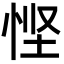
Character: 悭